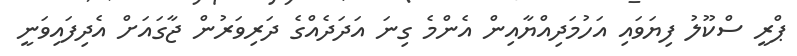
ޕްރީ ސްކޫލު ފިޔަވައި އަހުމަދިއްޔާއިން އެންމެ ގިނަ އަދަދެއްގެ ދަރިވަރުން ޖާގައަށް އެދިފައިވަނީ